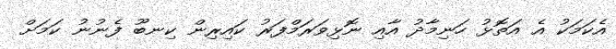
އެކަމަކު އެ އަތޮޅު ހަނިމާދު އާއި ނޮޅިވަރަމްފަރު ކައިރިން ކިނބޫ ފެނުނު ކަމަށް